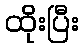
ထိုးပြီး